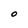
Character: O